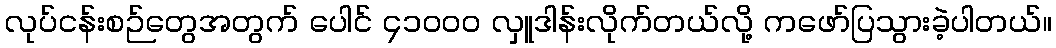
လုပ်ငန်းစဉ်တွေအတွက် ပေါင် ၄၁၀၀၀ လှူဒါန်းလိုက်တယ်လို့ ကဖော်ပြသွားခဲ့ပါတယ်။